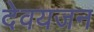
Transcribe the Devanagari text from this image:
देवयजन